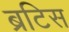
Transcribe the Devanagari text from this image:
ब्रटिस